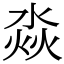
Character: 𣶷